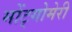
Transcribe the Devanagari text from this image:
मोंट्गोमेरी